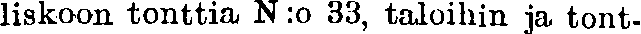
liskoon tonttia N:o 33, taloihin ja tont-